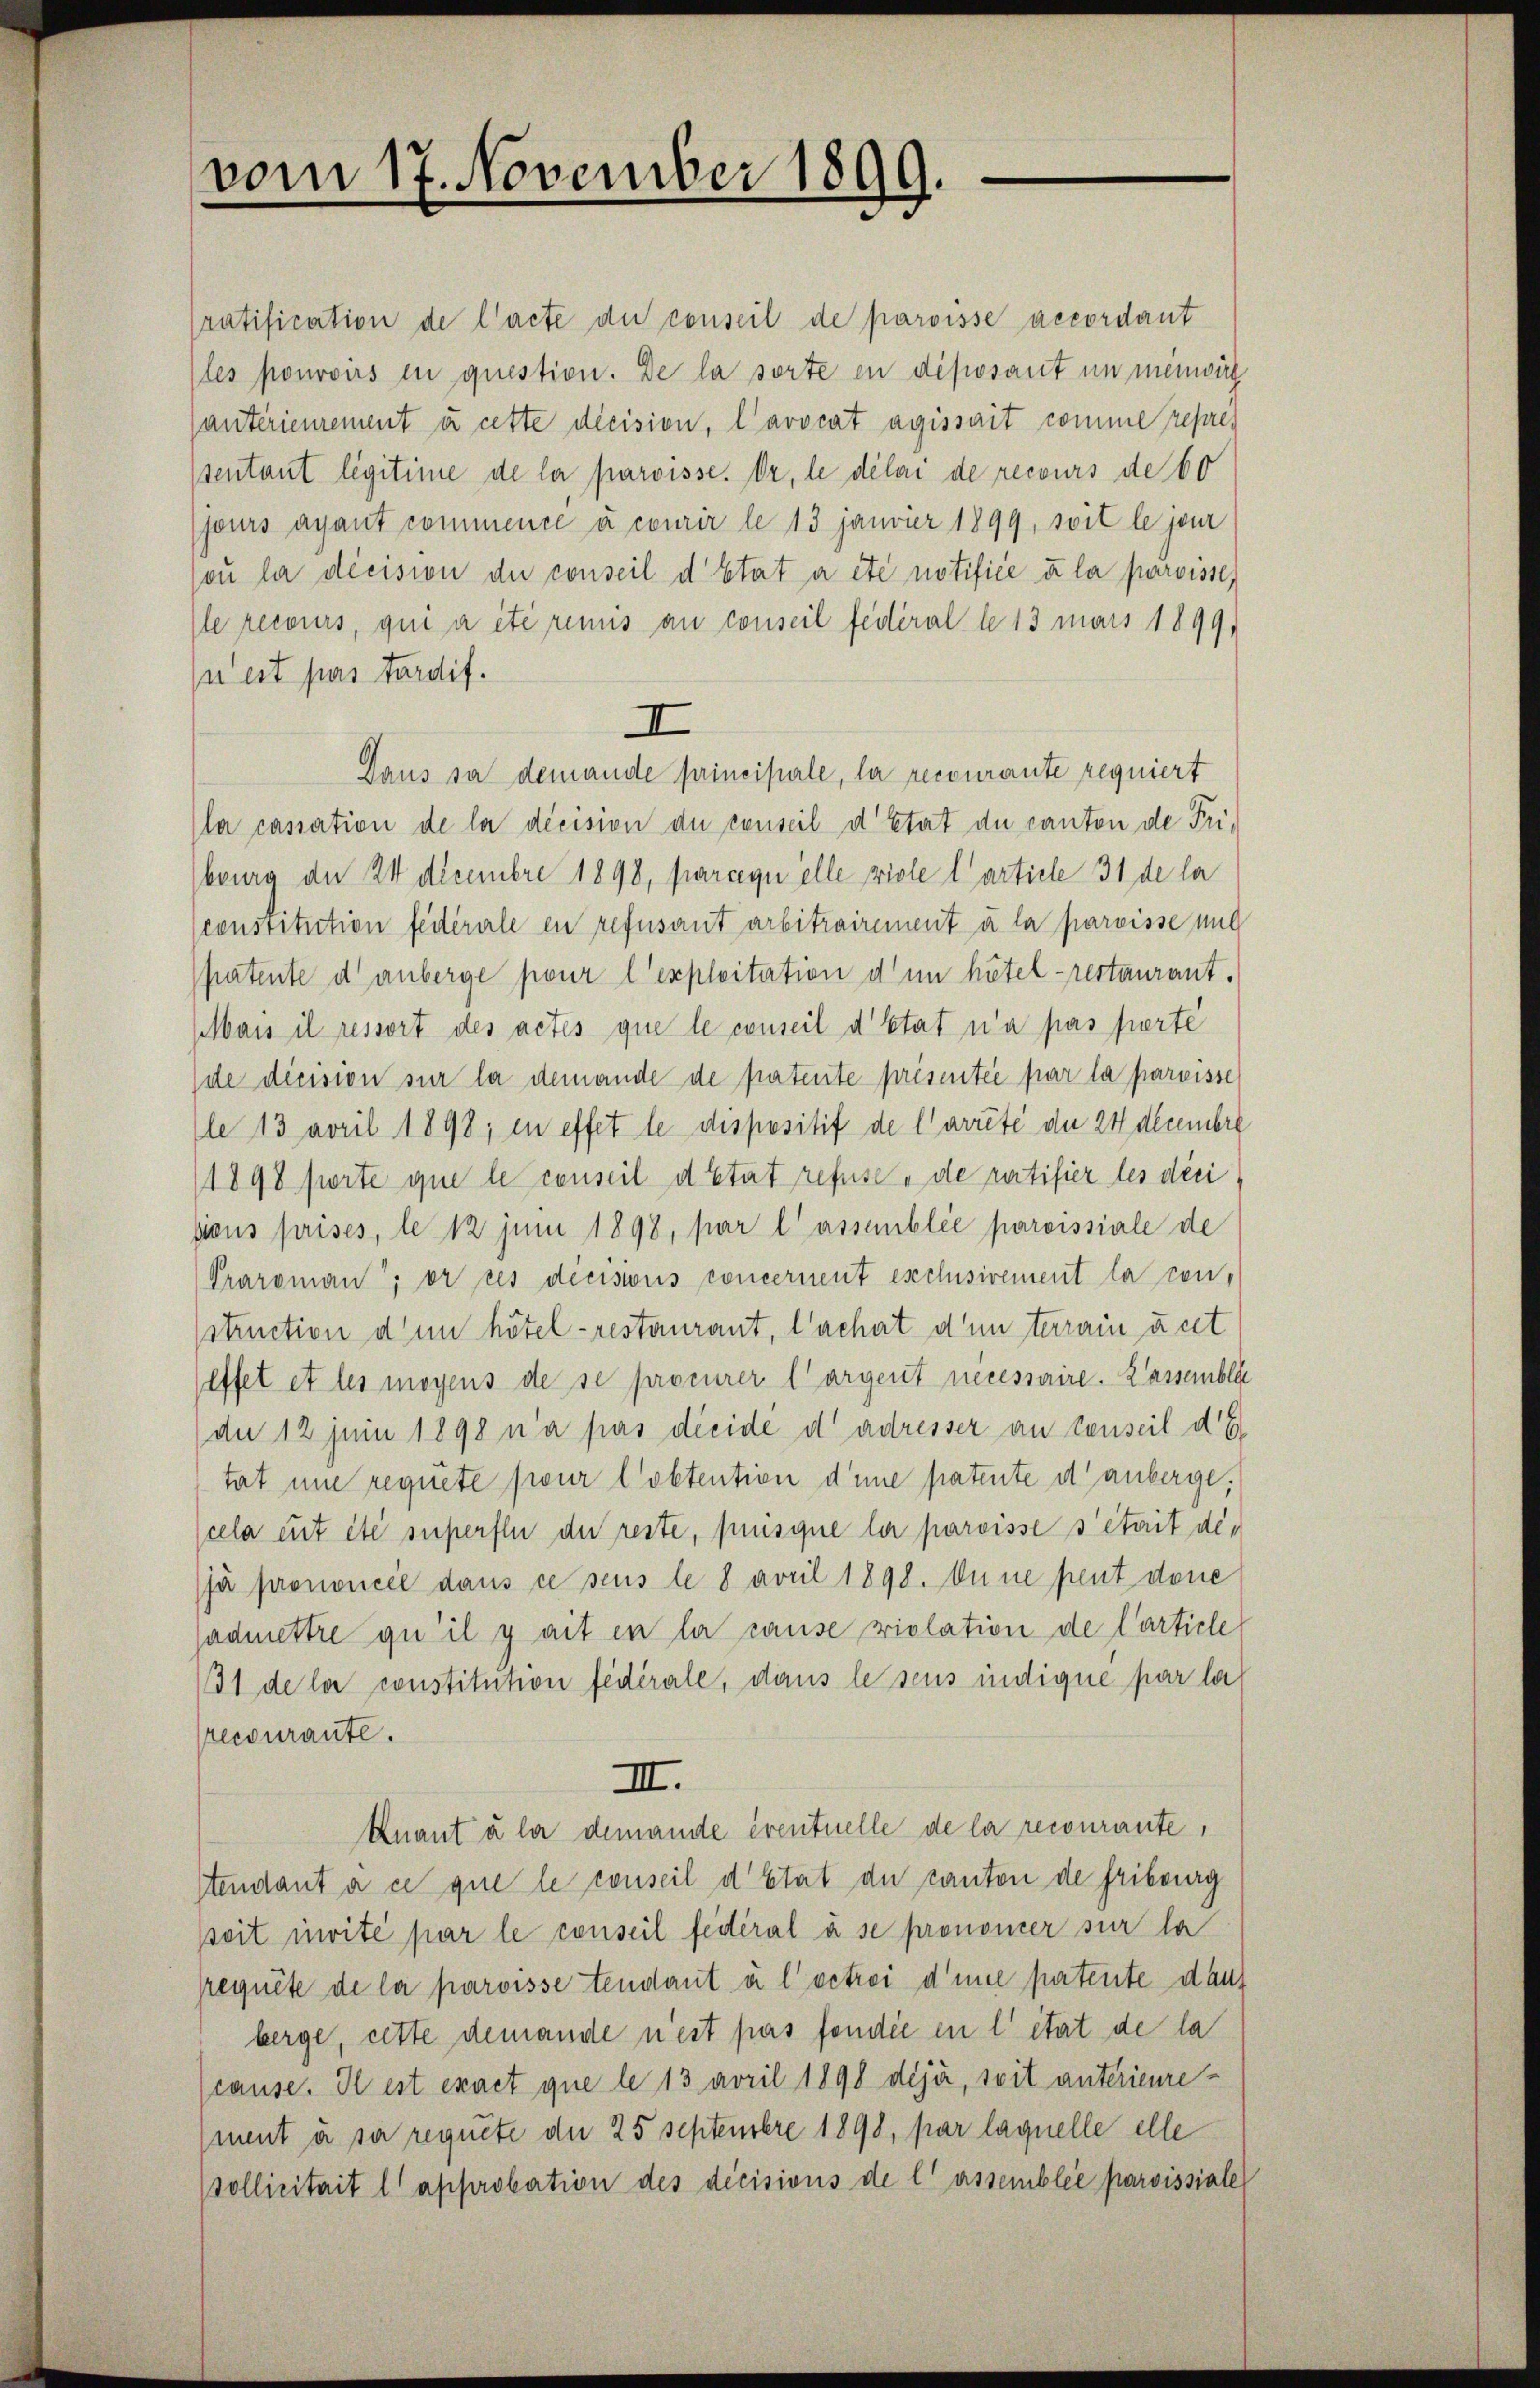
vom 17. November 1899.

ratification de l’acte du conseil de paroisse accordant
(les pouvoirs in question. De la sorte in diposant un meinwirk
anteriemement à cette decision, l’avocat agissait comme repres
sentant legitime de la paroisse. Dr. le délai de recours de 60
fours ayant commence à courir le 13 janvier 1899, soit le jour
ou la décision der conseil d Etat a été notifice u la paroisse,
le recours, qui a été remis au conseil fédéral le 13 mars 1899,
n’est pas tardif.
I
Daus sie demande principale, la recourante requiert
(la cassation de la décision du conseil d’Etat du canton de Friburg der 24 Decembre 1898, parcegi elle viele l’article 31 de la
sconstitution fédérale en refusant arbitrairement à la paroisse und
patente d. anberge pour l’exploitation d’un hätel- restaurant.
plbais il ressort des actes que le conseil d’Etat n’a pas perte
de décision sur la demande de patente présentée par la pareisse
le 13 april 1898; in effet le dispositif de l’arrête der 24 Decembre
1898 porte que le conseil d’Etat refuse - de ratifier les déci
sions prises, le 12 juni 1898, par lassemblée paroissiale de
Praroman; er res decisions concernent exclusivement la con-
struction dem hötel- restaurant, l’achet d’un terrain unt
effet et les moyens de se procurer largent necessaire. Kassembla
de 12 juni 1898 n’a pas dieide d adresser an denseil de
tat une requite pour l’obtention d’une patente d. anberge,
cela et été superfen der reste, jusque la paroisse s’était defà prononcée dans ce sous le 8 April 1898. Du ne peut done
jadmettre qu’il y ait en la cause violation de Carticle
31 de la constitution fédérale, dans le sens indique par la
recourante.
III.
knant à la demande eventuelle de la recourante,
stendant à ce que le conseil d’Etat de canton de Fribourg
seit invité par le conseil fédéral à se prononcer sur la
peguite de la paroisse tendant u. l. betrei d’une partente dan
berge, cette demande nest pas fondée en l’état de la
cause. Il est exact que le 13 april 1898 deja, soit anterienre¬
(ment à se regnete der 25 septembre 1898, par laquelle elle
Pollicitait l’approbation des décisions de lassemblée paroissiale